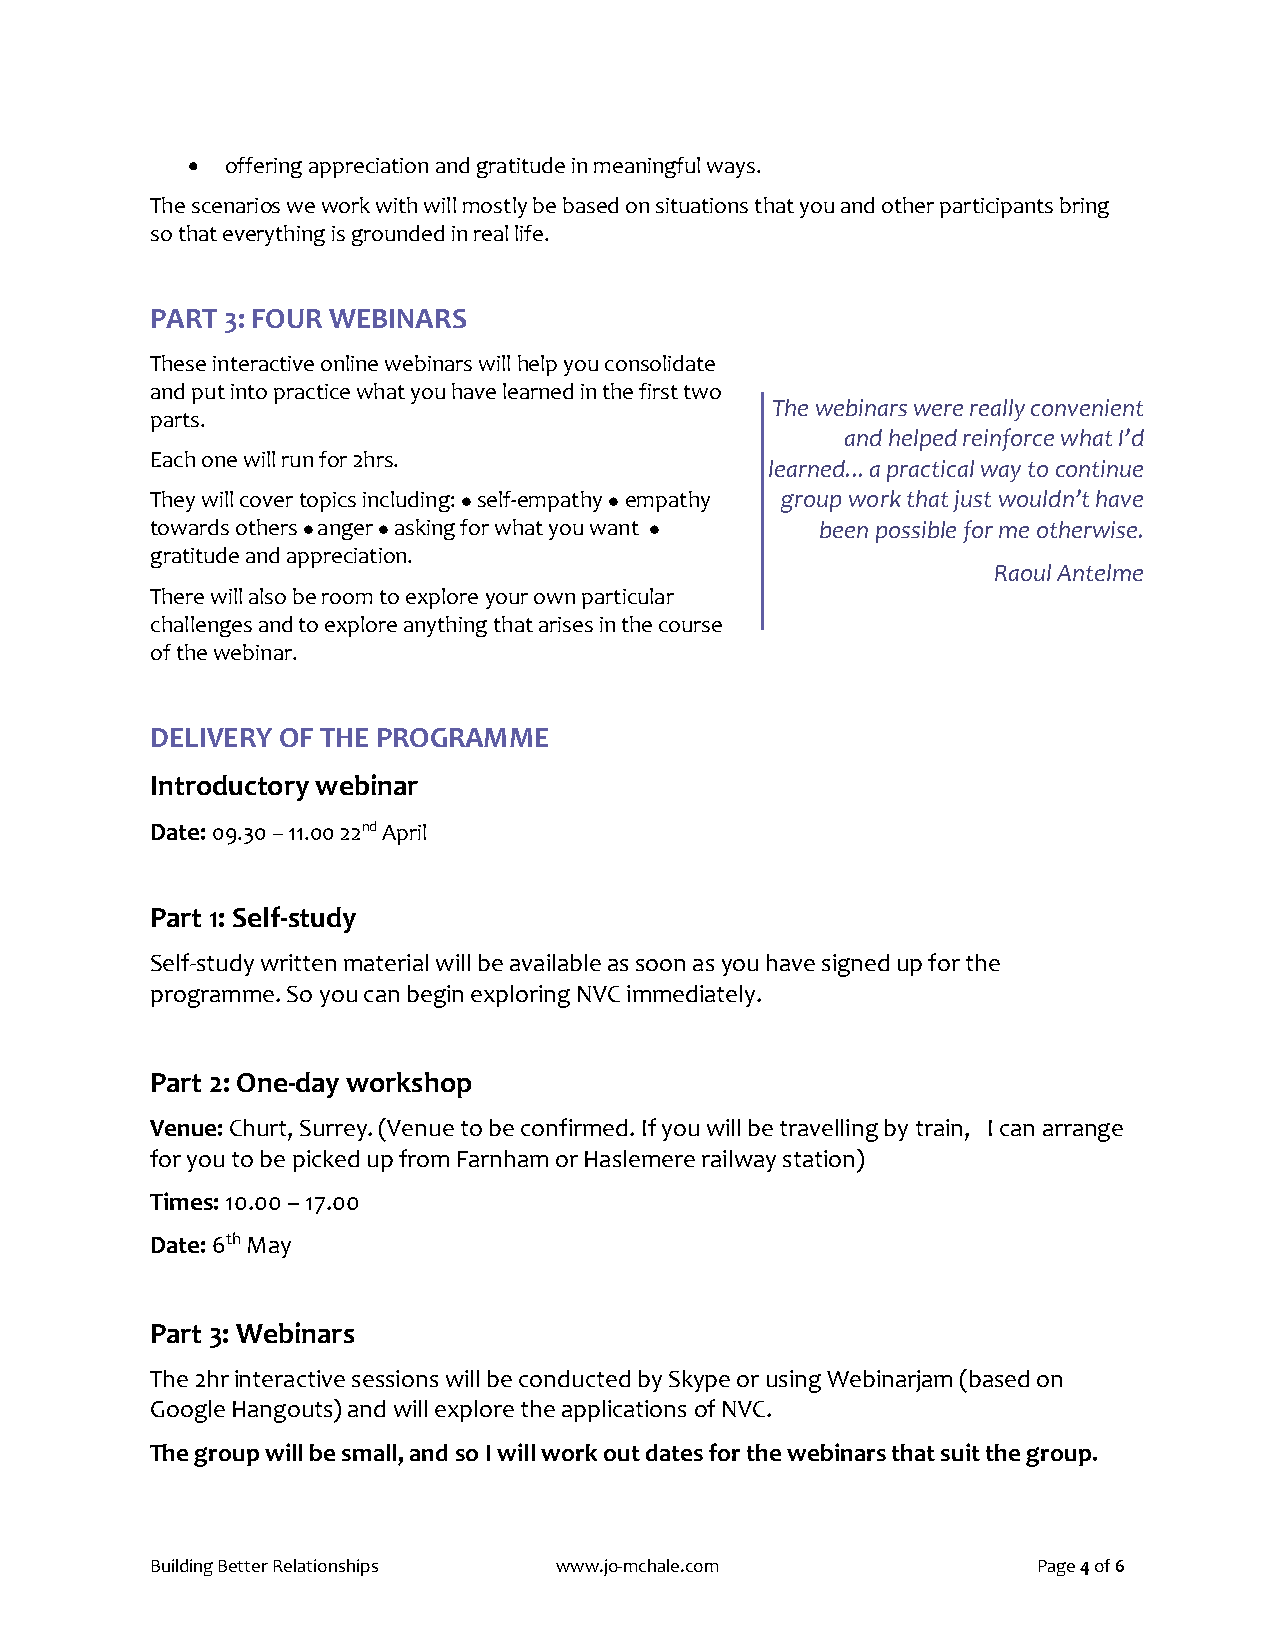
  offering appreciation and gratitude in meaningful ways.
 The scenarios we work with will mostly be based on situations that you and other participants bring
 so that everything is grounded in real life.
 PART 3: FOUR WEBINARS
 These interactive online webinars will help you consolidate
 and put into practice what you have learned in the first two
 The webinars were really convenient
 parts.
 and helped reinforce what I’d
 Each one will run for 2hrs.
 learned... a practical way to continue
 They will cover topics including:  self-empathy  empathy group work that just wouldn’t have
 towards others  anger  asking for what you want  been possible for me otherwise.
 gratitude and appreciation.
 Raoul Antelme
 There will also be room to explore your own particular
 challenges and to explore anything that arises in the course
 of the webinar.
 DELIVERY OF THE PROGRAMME
 Introductory webinar
 Date: 09.30 – 11.00 22nd April
 Part 1: Self-study
 Self-study written material will be available as soon as you have signed up for the
 programme. So you can begin exploring NVC immediately.
 Part 2: One-day workshop
 Venue: Churt, Surrey. (Venue to be confirmed. If you will be travelling by train, I can arrange
 for you to be picked up from Farnham or Haslemere railway station)
 Times: 10.00 – 17.00
 Date: 6th May
 Part 3: Webinars
 The 2hr interactive sessions will be conducted by Skype or using Webinarjam (based on
 Google Hangouts) and will explore the applications of NVC.
 The group will be small, and so I will work out dates for the webinars that suit the group.
 Building Better Relationships www.jo-mchale.com            Page 4 of 6